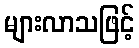
များလာသဖြင့်